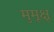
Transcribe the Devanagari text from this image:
मुमूक्षू